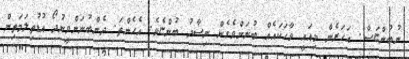
ނުބުންޏަސް. އަހަރެން މިއައީ ވާހަކައެއް ބުނަންވެގެން ނިސާދު ބުންޏެވެ. އެހެންތަ. ދެންބުނަންވީނުދޯ އުޑުތިލަމަތިން